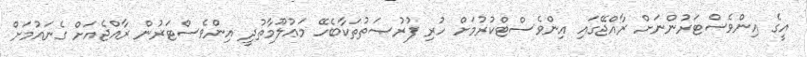
އީގެ އިންވެސްޓަރުންނަށް ރާއްޖޭގައި އިންވެސްޓްކުރުމަށް ހުރި ފުރުޞަތުތަކާބެހޭ މަޢުލޫމާތުދީ އިންވެސްޓަރުން ރާއްޖެއަށް ގެނައުމަށް